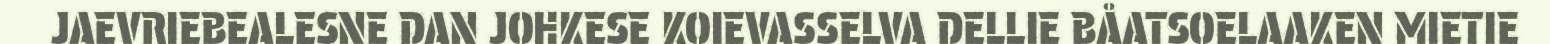
JAEVRIEBEALESNE DAN JOHKESE KOIEVASSELVA DELLIE BÅATSOELAAKEN MIETIE